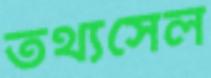
তথ্যসেল